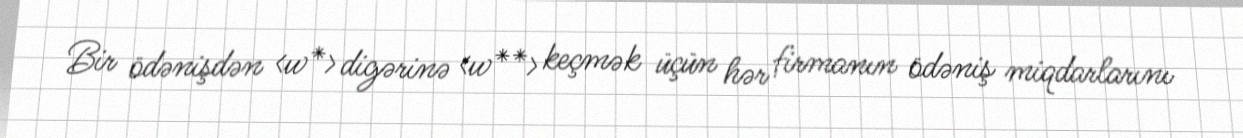
Bir ödənişdən <w*> digərinə <w**> keçmək üçün hər firmanın ödəniş miqdarlarını